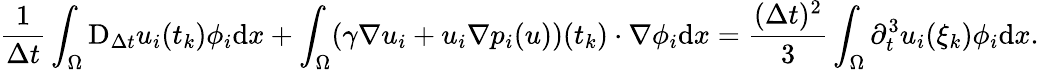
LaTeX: \frac{1}{\Delta t}\int_{\Omega}\mathrm{D}_{\Delta t}u_{i}(t_{k})\phi_{i}\mathrm{d}x+\int_{\Omega}(\gamma\nabla u_{i}+u_{i}\nabla p_{i}(u))(t_{k})\cdot\nabla\phi_{i}\mathrm{d}x=\frac{(\Delta t)^{2}}{3}\int_{\Omega}\partial_{t}^{3}u_{i}(\xi_{k})\phi_{i}\mathrm{d}x.